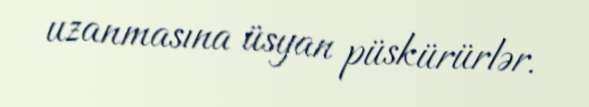
uzanmasına üsyan püskürürlər.